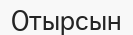
Отырсын